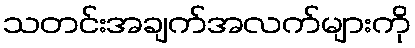
သတင်းအချက်အလက်များကို